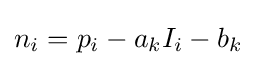
n_{i}=p_{i}-a_{k}I_{i}-b_{k}